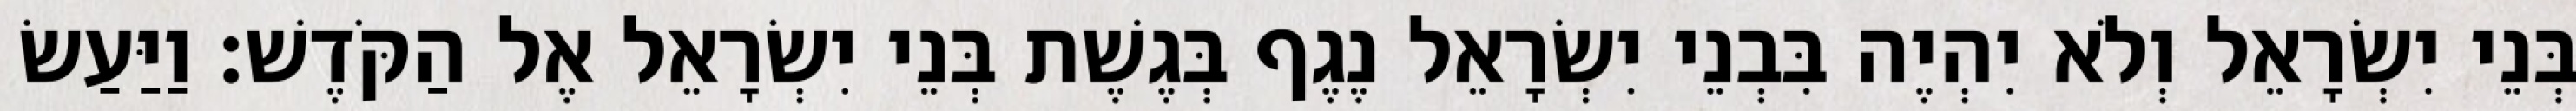
בְּנֵי יִשְׂרָאֵל וְלֹא יִהְיֶה בִּבְנֵי יִשְׂרָאֵל נֶגֶף בְּגֶשֶׁת בְּנֵי יִשְׂרָאֵל אֶל הַקֹּדֶשׁ׃ וַיַּעַשׂ